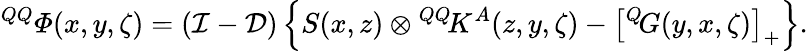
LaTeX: {^{QQ}{\mit\Phi}}(x,y,\zeta)=({\cal I}-{\cal D})\left\{ S(x,z)\otimes{^{QQ}\! K^{A}}(z,y,\zeta)-\left[{^{Q}\! G}(y,x,\zeta)\right]_{+}\right\} .